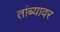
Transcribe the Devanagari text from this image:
तांब्यावर